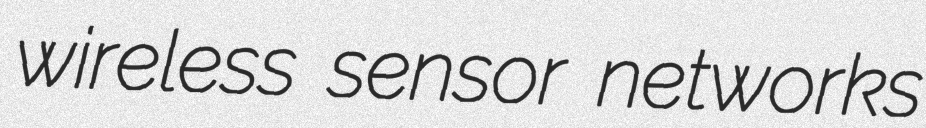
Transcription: wireless sensor networks